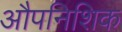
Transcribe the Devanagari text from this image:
औपनिशिक